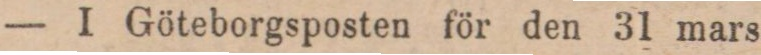
— I Göteborgsposten för den 31 mars